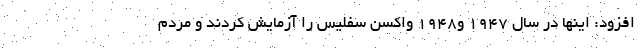
افزود: اینها در سال 1947 و1948 واکسن سفلیس را آزمایش کردند و مردم